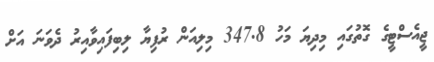
ޖީއެސްޓީގެ ގޮތުގައި މިދިޔަ މަހު 347.8 މިލިއަން ރުފިޔާ ލިބިފައިވާއިރު ދެވަނަ އަށް